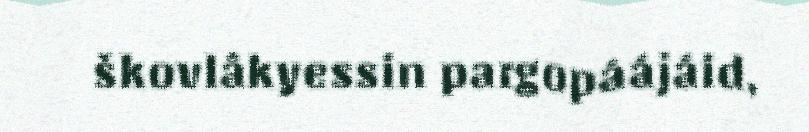
škovlâkyessin pargopáájáid,